system: You are a helpful assistant.
user:
Analyze the provided spectrum to determine if it is a **Carbon Star (C-type)**.

- **Key Visual Indicators of Carbon Star:**
    - **(Primary):** Strong molecular absorption from **C₂ (diatomic carbon) "Swan Bands."** This is the **defining feature** of a carbon star.
        - **(Key Bandheads):** Sharp absorption edges are visible at approximately $5635$ Å, $5165$ Å (the strongest band), and $4737$ Å.
        - **(Line Profile):** Creates a distinct **"saw-tooth"** pattern. The key morphology is a sharp, steep bandhead on the **red (long-wavelength) side**, which then gradually tapers off (i.e., flux recovers) towards the **blue (short-wavelength) side**. *(This is the direct opposite of the TiO bands seen in M-type stars)*.

    - **(Secondary):** Intense **CN (cyanogen)** molecular absorption bands.
        - **(Key Bandheads):** Located in the blue and violet regions of the spectrum (e.g., near $4215$ Å and $3883$ Å).
        - **(Morphology):** These bands are extremely broad and act as a "blanket," absorbing the vast majority of blue and violet light. This creates a characteristic **"cliff"** or **"steep drop-off"** in the spectrum's flux at short wavelengths.

    - **(Key Confirmation):** Strong **CH absorption band (G-band)**.
        - **(Key Bandhead):** Located around $4300$ Å. The contribution from CH molecules to this band is exceptionally strong.

    - **(Overall Spectrum):**
        - The continuum is severely "chopped up" by these deep molecular bands, especially C₂, rather than appearing as a smooth curve.
        - Due to the heavy CN and C₂ absorption in the blue-green, the vast majority of the star's flux is concentrated in the red part of the spectrum, giving the star its characteristic deep red color.

Think first, call **spectral_visualization_tool** if needed to examine features in detail, then provide your final answer. Your response must adhere to the following strict rules:
1.  **Overall Structure:** Your response must follow the format `<think>...</think> <tool_call>...</tool_call> (if a tool is used) <answer>...</answer>`.
2.  **Tool Usage Constraint:** You may only make **one** tool call per turn.
3.  **Final Answer Format:** In the `<answer>` tag, your conclusion must be inside a `\boxed{}` command (e.g., `\boxed{YES}`), followed by your justification.

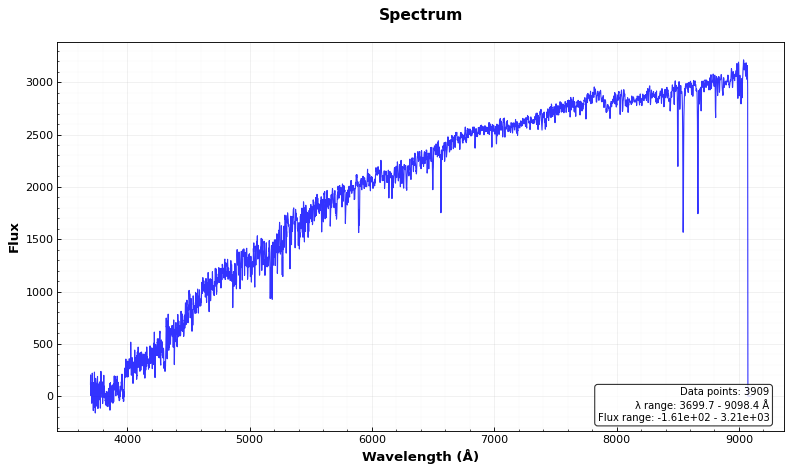
Answer: NO